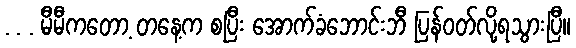
. . . မီမီကတော့ တနေ့က စပြီး အောက်ခံဘောင်းဘီ ပြန်ဝတ်လို့ရသွားပြီ။